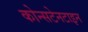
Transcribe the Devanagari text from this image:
कोन्सटेनटाइन